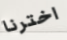
اخترنا